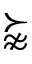
\succnapprox